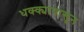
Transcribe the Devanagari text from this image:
धक्क्यापासून